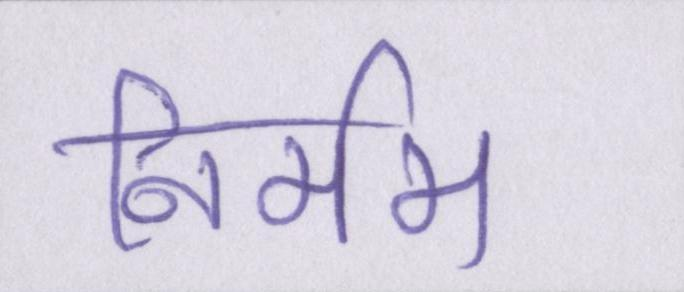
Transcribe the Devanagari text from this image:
निर्मम